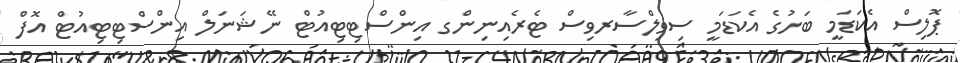
ޕޮލިސް އެކަޑަމީ ބަހުގެ އެކަޑަމީ ސިވިލްސާރވިސް ޓެރެއިނިންގ އިންސްޓިޓިއުޓް ނޭޝަނަލް އިންސްޓިޓިއުޓް އޮފް